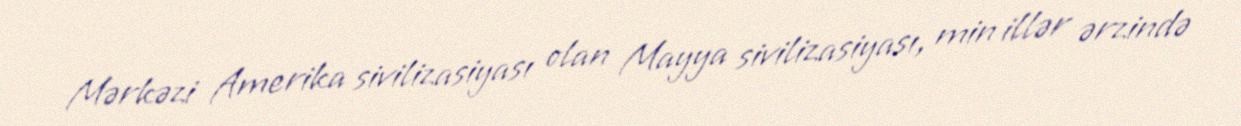
Mərkəzi Amerika sivilizasiyası olan Mayya sivilizasiyası, min illər ərzində